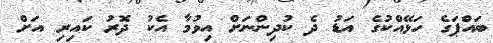
ބައްޕަގެ ހަޅޭއްކުގެ އަޑު ދެ ކުދިންނަށް އިވުމާ އެކު ދޮރު ކައިރި އަށް